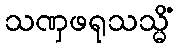
သဏှဖရုသသ္မိံ